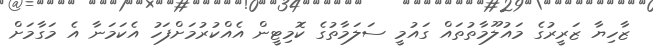
ޒާހިޔާ ޒަރީރުގެ މައުލޫމާތުތައް ގައުމީ ސަލަމާތުގެ ކޮމިޓީން އެއްކުރުމަށްފަހު އެކަމަނާ އެ މަގާމަށް